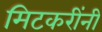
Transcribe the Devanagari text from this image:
मिटकरींनी